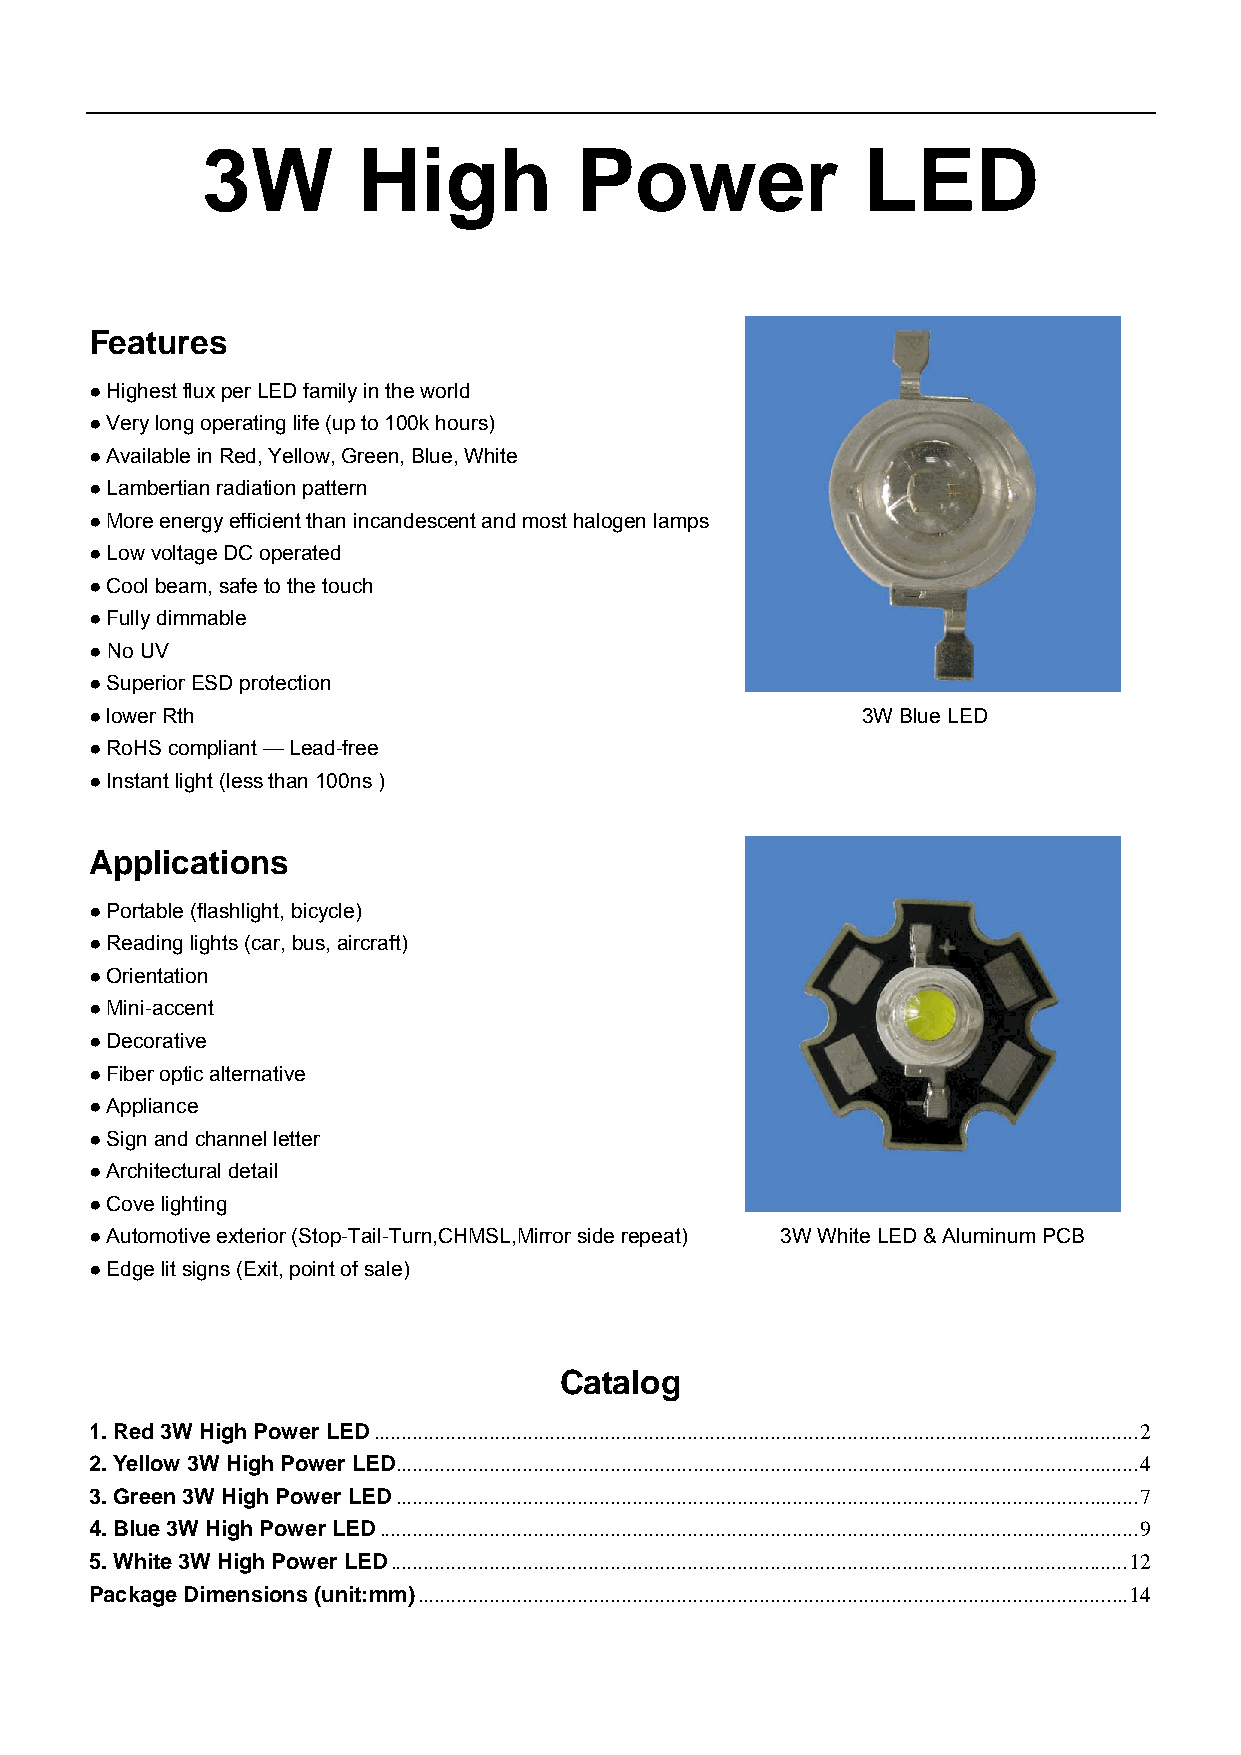
3W         High          Power              LED
 Features
 ● Highest flux per LED family in the world
 ● Very long operating life (up to 100k hours)
 ● Available in Red, Yellow, Green, Blue, White
 ● Lambertian radiation pattern
 ● More energy efficient than incandescent and most halogen lamps
 ● Low voltage DC operated
 ● Cool beam, safe to the touch
 ● Fully dimmable
 ● No UV
 ● Superior ESD protection
 ● lower Rth                                        3W Blue LED
 ● RoHS compliant — Lead-free
 ● Instant light (less than 100ns )
 Applications
 ● Portable (flashlight, bicycle)
 ● Reading lights (car, bus, aircraft)
 ● Orientation
 ● Mini-accent
 ● Decorative
 ● Fiber optic alternative
 ● Appliance
 ● Sign and channel letter
 ● Architectural detail
 ● Cove lighting
 ● Automotive exterior (Stop-Tail-Turn,CHMSL,Mirror side repeat) 3W White LED & Aluminum PCB
 ● Edge lit signs (Exit, point of sale)
 Catalog
 1. Red 3W High Power LED...........................................................................................................................................2
 2. Yellow 3W High Power LED.......................................................................................................................................4
 3. Green 3W High Power LED.......................................................................................................................................7
 4. Blue 3W High Power LED..........................................................................................................................................9
 5. White 3W High Power LED......................................................................................................................................12
 Package Dimensions (unit:mm).................................................................................................................................14